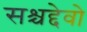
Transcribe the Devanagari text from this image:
सश्चद्देवो